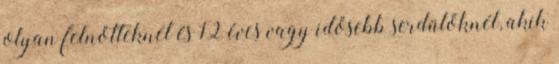
olyan felnőtteknél és 12 éves vagy idősebb serdülőknél, akik